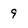
Character: 9